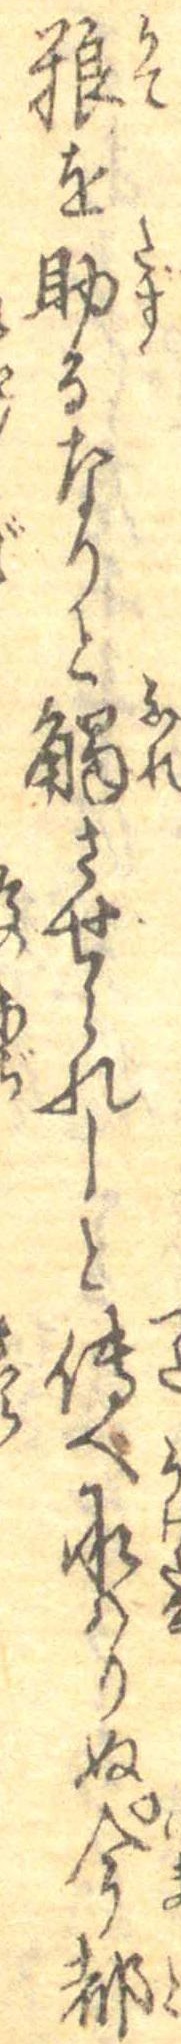
糧を助るなりと触させられしと伝へ承はりぬ今都